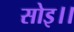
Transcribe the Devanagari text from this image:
सोइ।।